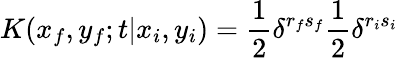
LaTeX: K(x_{f},y_{f};t|x_{i},y_{i})=\frac{1}{2}\delta^{r_{f}s_{f}}\frac{1}{2}\delta^{r_{i}s_{i}}